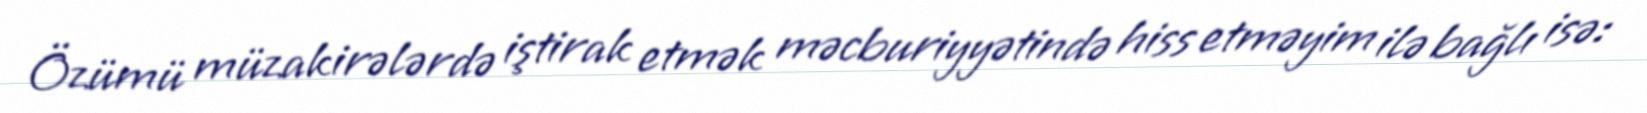
Özümü müzakirələrdə iştirak etmək məcburiyyətində hiss etməyim ilə bağlı isə: